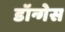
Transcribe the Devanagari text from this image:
डॉन्गेस